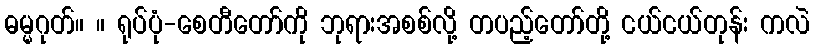
ဓမ္မဂုတ်။ ။ ရုပ်ပုံ-စေတီတော်ကို ဘုရားအစစ်လို့ တပည့်တော်တို့ ငယ်ငယ်တုန်း ကလဲ